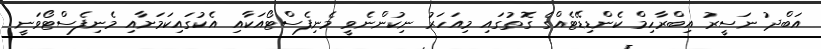
އަބްދު ނަސީރު އިބްރާހިމް ކެންޑިޑޭޓެއްގެ ގޮތުގައި މިއަހަރު ނިކުންނެވީ މެނިފެސްޓޯއަކާއި އެކުގައިކަމަށާއި މެނިފެސްޓޯވަނީ